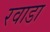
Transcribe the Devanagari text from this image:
रवाडा